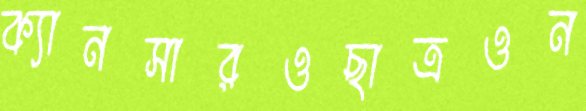
ক্যানসারওছাত্রওন